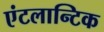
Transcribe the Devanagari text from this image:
एंटलान्टिक